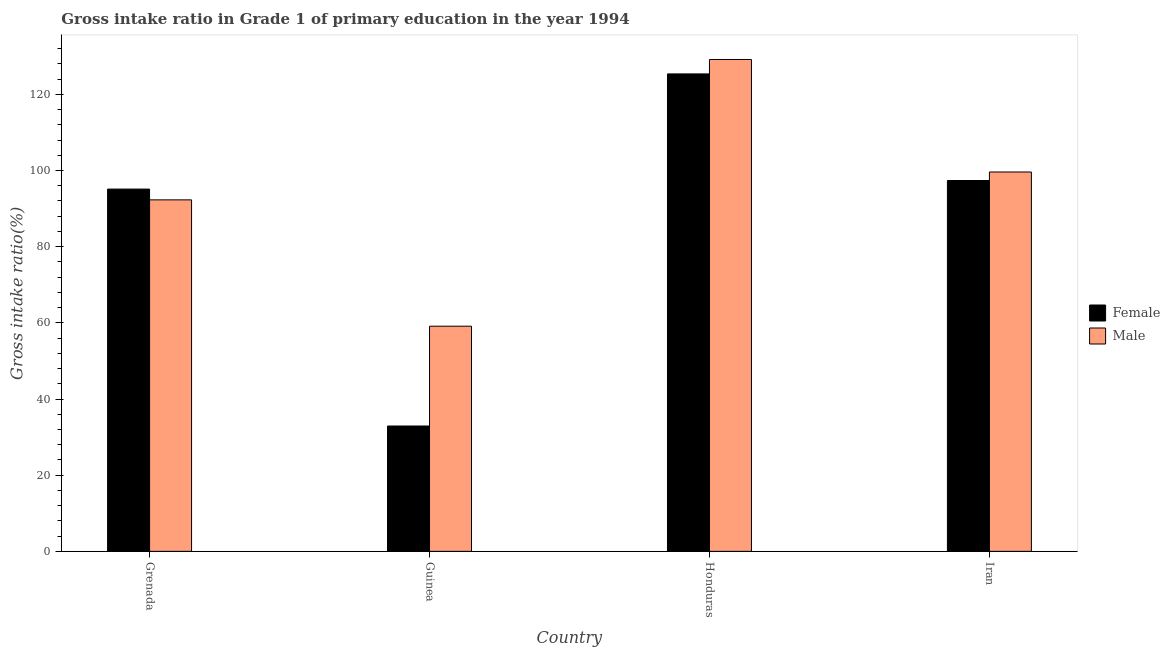
| Country | Female | Male |
 | --- | --- | --- |
 | Grenada | 95.1 | 92.3 |
 | Guinea | 32.9 | 59.1 |
 | Honduras | 125 | 129 |
 | Iran | 97.4 | 99.6 |